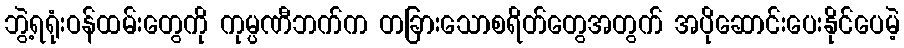
ဘွဲ့ရရုံးဝန်ထမ်းတွေကို ကုမ္ပဏီဘက်က တခြားသောစရိတ်တွေအတွက် အပိုဆောင်းပေးနိုင်ပေမဲ့